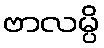
ဗာလမ္ပိ